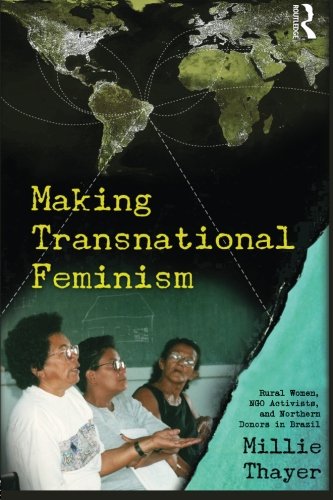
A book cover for Making Transnational Feminism: Rural Women, NGO Activists, and Northern Donors in Brazil (Perspectives on Gender); Millie Thayer; Gay & Lesbian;